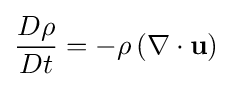
{D\rho  \over Dt}={-\rho \left(\nabla \cdot \mathbf {u} \right)}